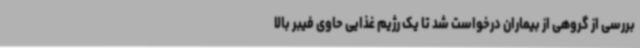
بررسی از گروهی از بیماران درخواست شد تا یک رژیم غذایی حاوی فیبر بالا